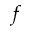
f